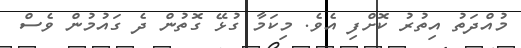
މުއްދަތު އިތުރު ކޮށްފި އެވެ. މިކަމާ ގުޅޭ ގޮތުން ދެ ގައުމުން ވެސް